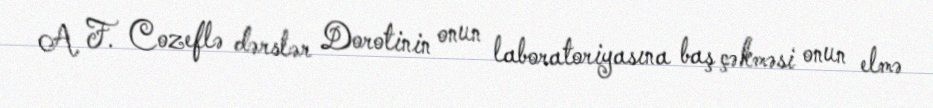
A. F. Cozeflə dərslər Dorotinin onun laboratoriyasına baş çəkməsi onun elmə